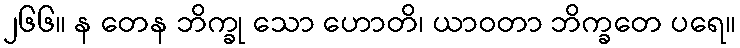
၂၆၆။ န တေန ဘိက္ခု သော ဟောတိ၊ ယာဝတာ ဘိက္ခတေ ပရေ။